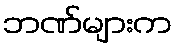
ဘဏ်များက